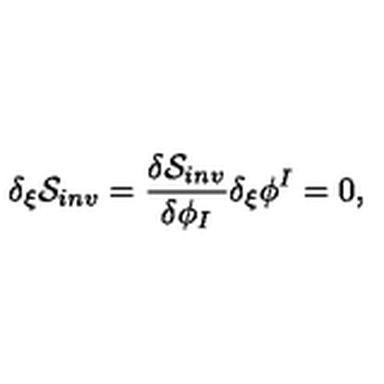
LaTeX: \delta _ { \xi } { \cal S } _ { i n v } = { \frac { \delta { \cal S } _ { i n v } } { \delta \phi _ { I } } } \delta _ { \xi } \phi ^ { I } = 0 ,